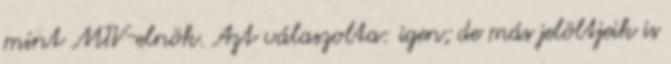
mint MTV-elnök. Azt válaszolta: igen; de más jelöltjeik is